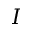
\boldsymbol I